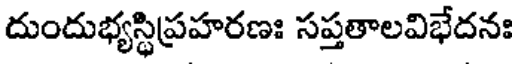
దుందుభ్యస్థిప్రహరణః సప్తతాలవిభేదనః